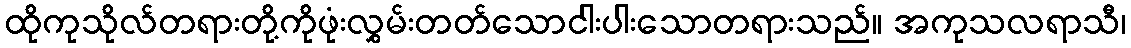
ထိုကုသိုလ်တရားတို့ကိုဖုံးလွှမ်းတတ်သောငါးပါးသောတရားသည်။ အကုသလရာသီ၊